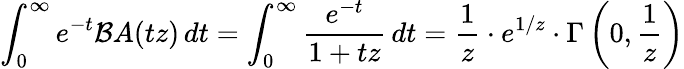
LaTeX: \int_{0}^{\infty}e^{-t}{\mathcal{B}}A(tz)\, dt=\int_{0}^{\infty}{\frac{e^{-t}}{1+tz}}\, dt={\frac{1}{z}}\cdot e^{1/z}\cdot\Gamma\left(0,{\frac{1}{z}}\right)